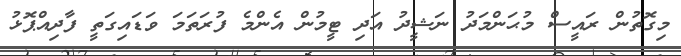
މިގޮތުން ރައީސް މުޙަންމަދު ނަޝީދު އަދި ޓީމުން އެންމެ ފުރަތަމަ ވަޑައިގަތީ ފާދިއްޕޮޅު